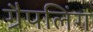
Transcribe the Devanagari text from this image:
ग्रैपलिंग